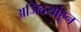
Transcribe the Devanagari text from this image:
अजिंठयांहून